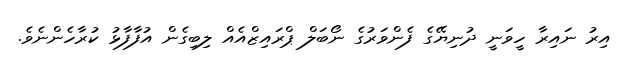
އިރު ނައިރާ ހީވަނީ ދުނިޔޭގެ ފެންވަރުގެ ނޯބަލް ޕްރައިޒްއެއް ލިބިގެން އުފާފާޅު ކުރާހެންނެވެ.